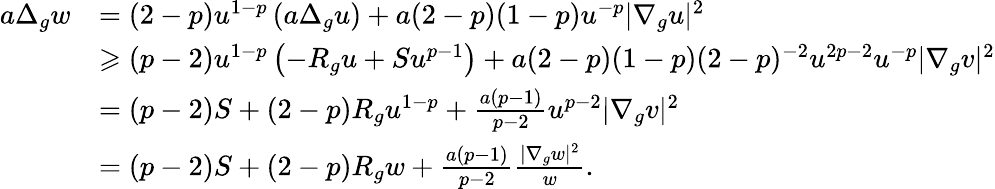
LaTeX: \begin{array}{rl}{a\Delta_{g}w}&{=(2-p)u^{1-p}\left(a\Delta_{g}u\right)+a(2-p)(1-p)u^{-p}\lvert\nabla_{g}u\rvert^{2}}\\ &{\geqslant(p-2)u^{1-p}\left(-R_{g}u+Su^{p-1}\right)+a(2-p)(1-p)(2-p)^{-2}u^{2p-2}u^{-p}\lvert\nabla_{g}v\rvert^{2}}\\ &{=(p-2)S+(2-p)R_{g}u^{1-p}+\frac{a(p-1)}{p-2}u^{p-2}\lvert\nabla_{g}v\rvert^{2}}\\ &{=(p-2)S+(2-p)R_{g}w+\frac{a(p-1)}{p-2}\frac{\lvert\nabla_{g}w\rvert^{2}}{w}.}\end{array}